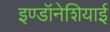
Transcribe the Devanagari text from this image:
इण्डॉनेशियाई